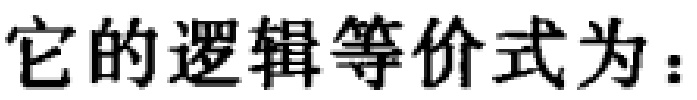
它的逻辑等价式为：